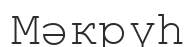
Мәкрүһ